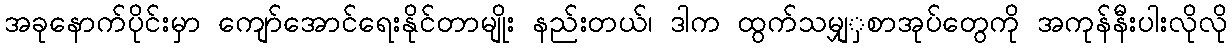
အခုနောက်ပိုင်းမှာ ကျော်အောင်ရေးနိုင်တာမျိုး နည်းတယ်၊ ဒါက ထွက်သမျှှစာအုပ်တွေကို အကုန်နီးပါးလိုလို